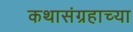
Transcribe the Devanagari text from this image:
कथासंग्रहाच्या